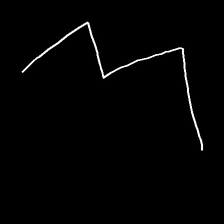
Glyph: crush